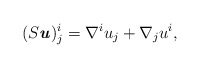
\begin{align*} (S\textbf{\textit{u}})^i_j = \nabla^i u_j + \nabla_j u^i, \end{align*}